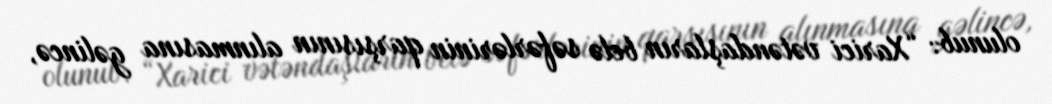
olunub: “Xarici vətəndaşların belə səfərlərinin qarşısının alınmasına gəlincə,